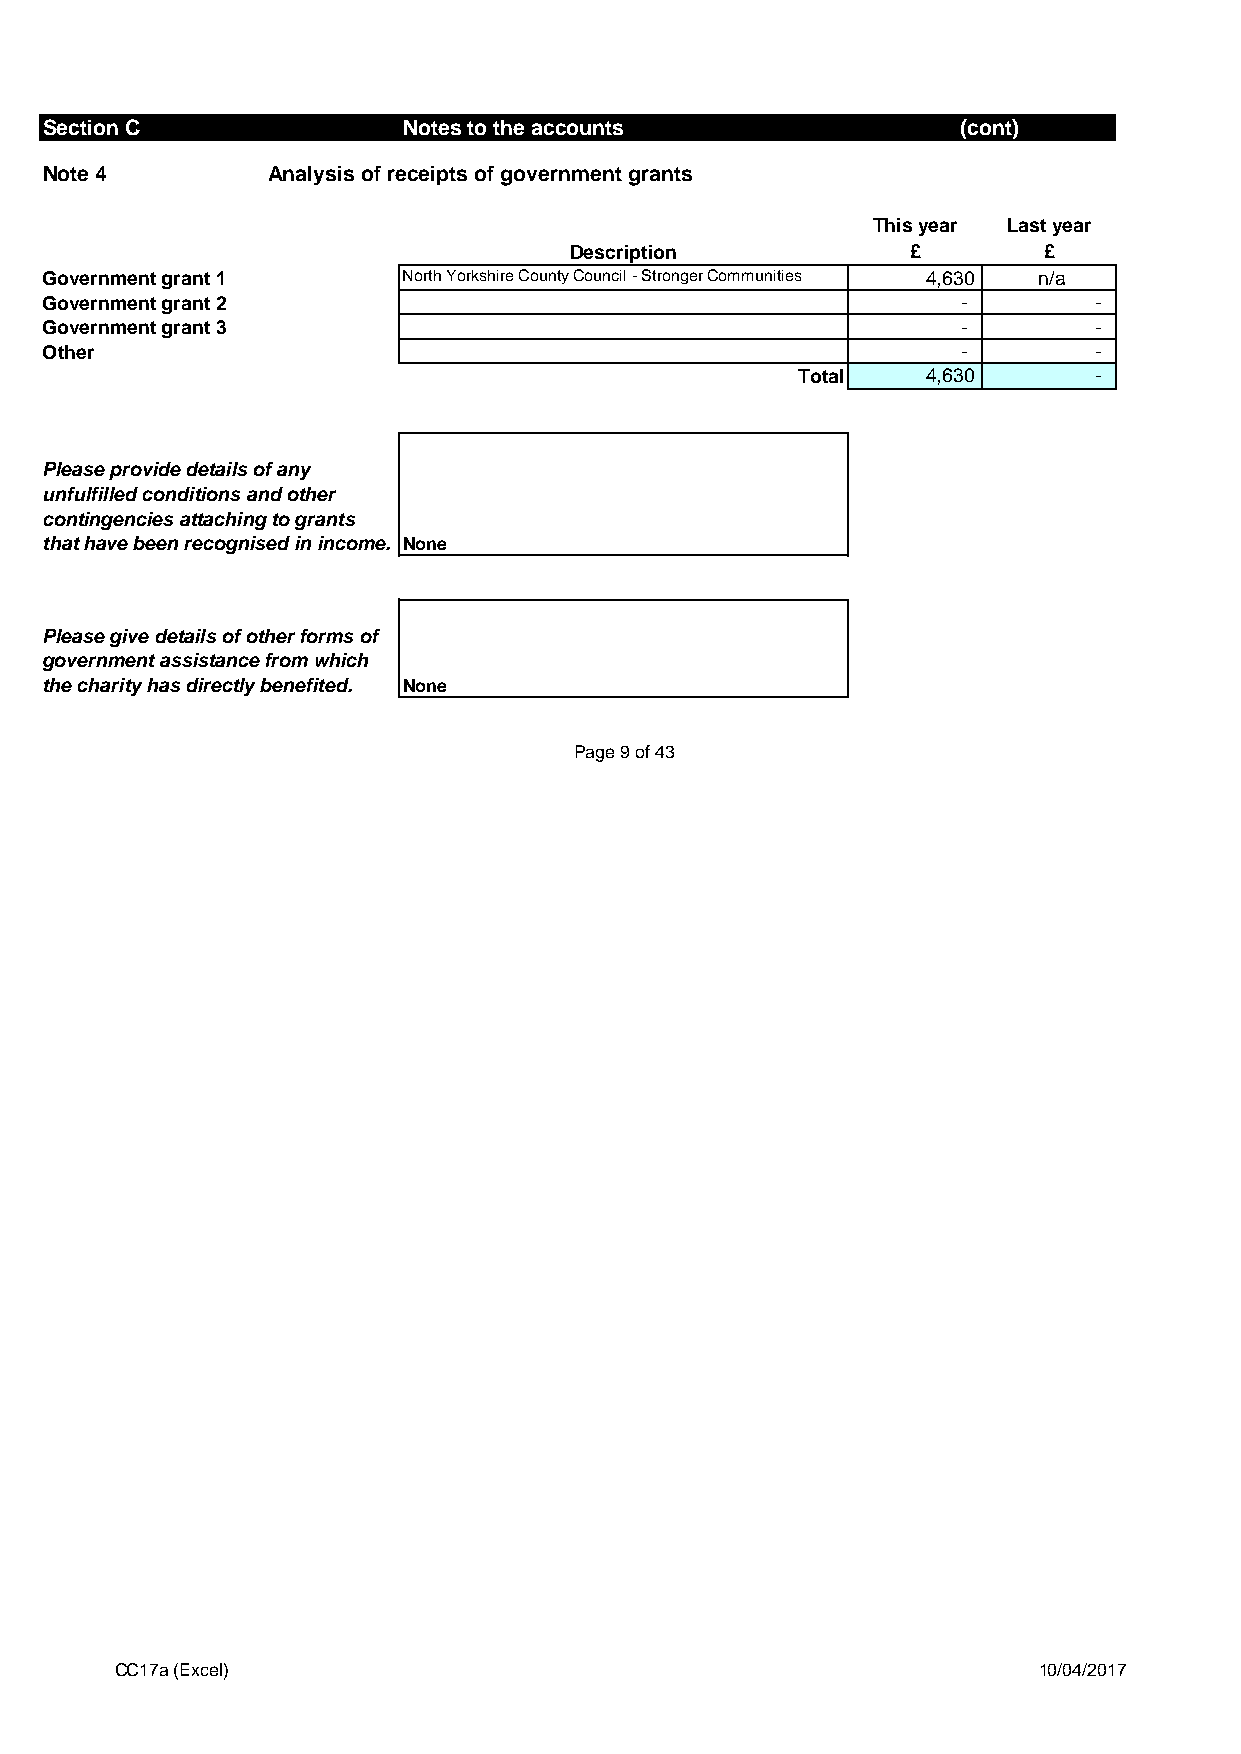
Section C               Notes to the accounts               (cont)
 Note 4         Analysis of receipts of government grants
 This year Last year
 Description           £        £
 Government grant 1      North Yorkshire County Council - Stronger Communities 4,630 n/a
 Government grant 2                                           -       -
 Government grant 3                                           -       -
 Other                                                        -       -
 Total   4,630      -
 Please provide details of any
 unfulfilled conditions and other
 contingencies attaching to grants
 that have been recognised in income. None
 Please give details of other forms of
 government assistance from which
 the charity has directly benefited. None
 Page 9 of 43
 CC17a (Excel)                                                10/04/2017